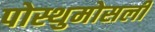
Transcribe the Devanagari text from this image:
पोस्थुमोसली